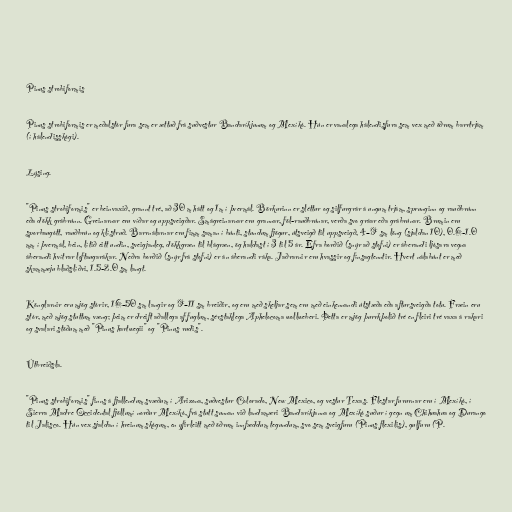
Pinus strobiformis

Pinus strobiformis er meðalstór fura sem er ættuð frá suðvestur Bandaríkjunum og Mexíkó. Hún er vanalega hálendisfura sem vex með öðrum barrtrjám
(í hálendisskógi).

Lýsing.

"Pinus strobiformis" er beinvaxið, grannt tré, að 30 m hátt og 1m í þvermál. Börkurinn er sléttur og silfurgrár á ungum trjám, sprunginn og rauðbrúnn
eða dökk grábrúnn. Greinarnar eru víðar og uppsveigðar. Smágreinarnar eru grannar, föl-rauðbrúnar, verða svo gráar eða grábrúnar. Brumin eru
sporbaugótt, rauðbrún og klístruð. Barrnálarnar eru fimm saman í búnti, stundum fjögur, útsveigð til uppsveigð, 4–9 sm löng (sjaldan 10), 0.6-1.0
mm í þvermál, bein, lítið eitt undin, sveigjanleg, dökkgræn til blágræn, ög haldast í 3 til 5 ár. Efra borðið (snýr að stofni) er áberandi ljósara vegna
áberandi hvítrar loftaugarákar. Neðra borðið (snýr frá stofni) er án áberandi ráka. Jaðrarnir eru hvassir og fínsagtenntir. Hvert nálabúnt er með
skammæju blaðslíðri, 1.5-2.0 sm langt.

Könglarnir eru mjög stórir, 16–50 sm langir og 9–11 sm breiðir, og eru með skeljar sem eru með einkennandi útstæða eða aftursveigða totu. Fræin eru
stór, með mjög stuttum væng; þeim er dreift aðallega af fuglum, sérstaklega Aphelocoma wollweberi. Þetta er mjög þurrkþolið tré en fleiri tré vaxa á rakari
og svalari stöðum með "Pinus hartwegii" og "Pinus rudis".

Útbreiðsla.

"Pinus strobiformis" finns á fjallendum svæðum í Arizona, suðvestur Colorado, New Mexico, og vestur Texas. Flestar fururnar eru í Mexíkó, í
Sierra Madre Occidental fjöllumí norður Mexíkó, frá stutt sunnan við landamæri Bandaríkjanna og Mexíkó suður í gegn um Chihuahua og Durango
til Jalisco. Hún vex sjaldan í hreinum skógum, en yfirleitt með öðrum innfæddum tegundum, svo sem sveigfuru (Pinus flexilis), gulfuru (P.